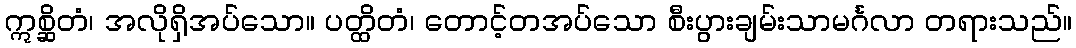
ဣစ္ဆိတံ၊ အလိုရှိအပ်သော။ ပတ္ထိတံ၊ တောင့်တအပ်သော စီးပွားချမ်းသာမင်္ဂလာ တရားသည်။